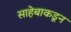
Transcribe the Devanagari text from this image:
साहेबाकडून